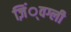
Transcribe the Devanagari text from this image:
ज़िं्वग्ली